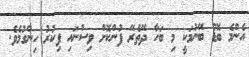
އެންމެ ބޮޑު ބޭނުމަކީ މި ބަހާ ދޭތެރޭ ފުންކޮށް ވިސްނައި ފިކުރު ހިންގުމެވެ.